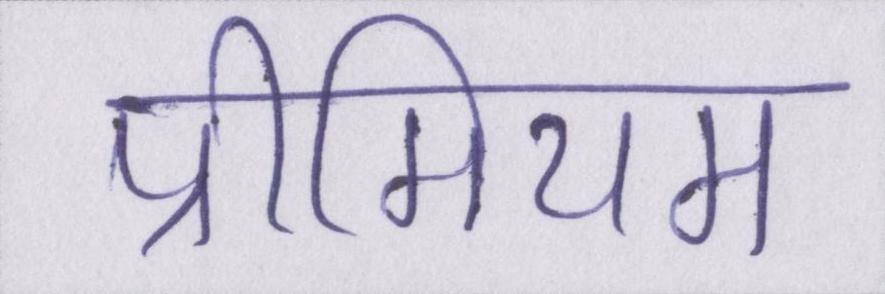
प्रीमियम